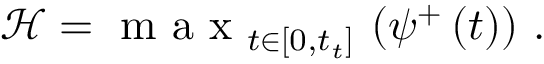
\mathcal { H } = \mathrm { ~ m ~ a ~ x ~ } _ { t \in [ 0 , t _ { t } ] } \, \left( \psi ^ { + } \left( t \right) \right) \, .